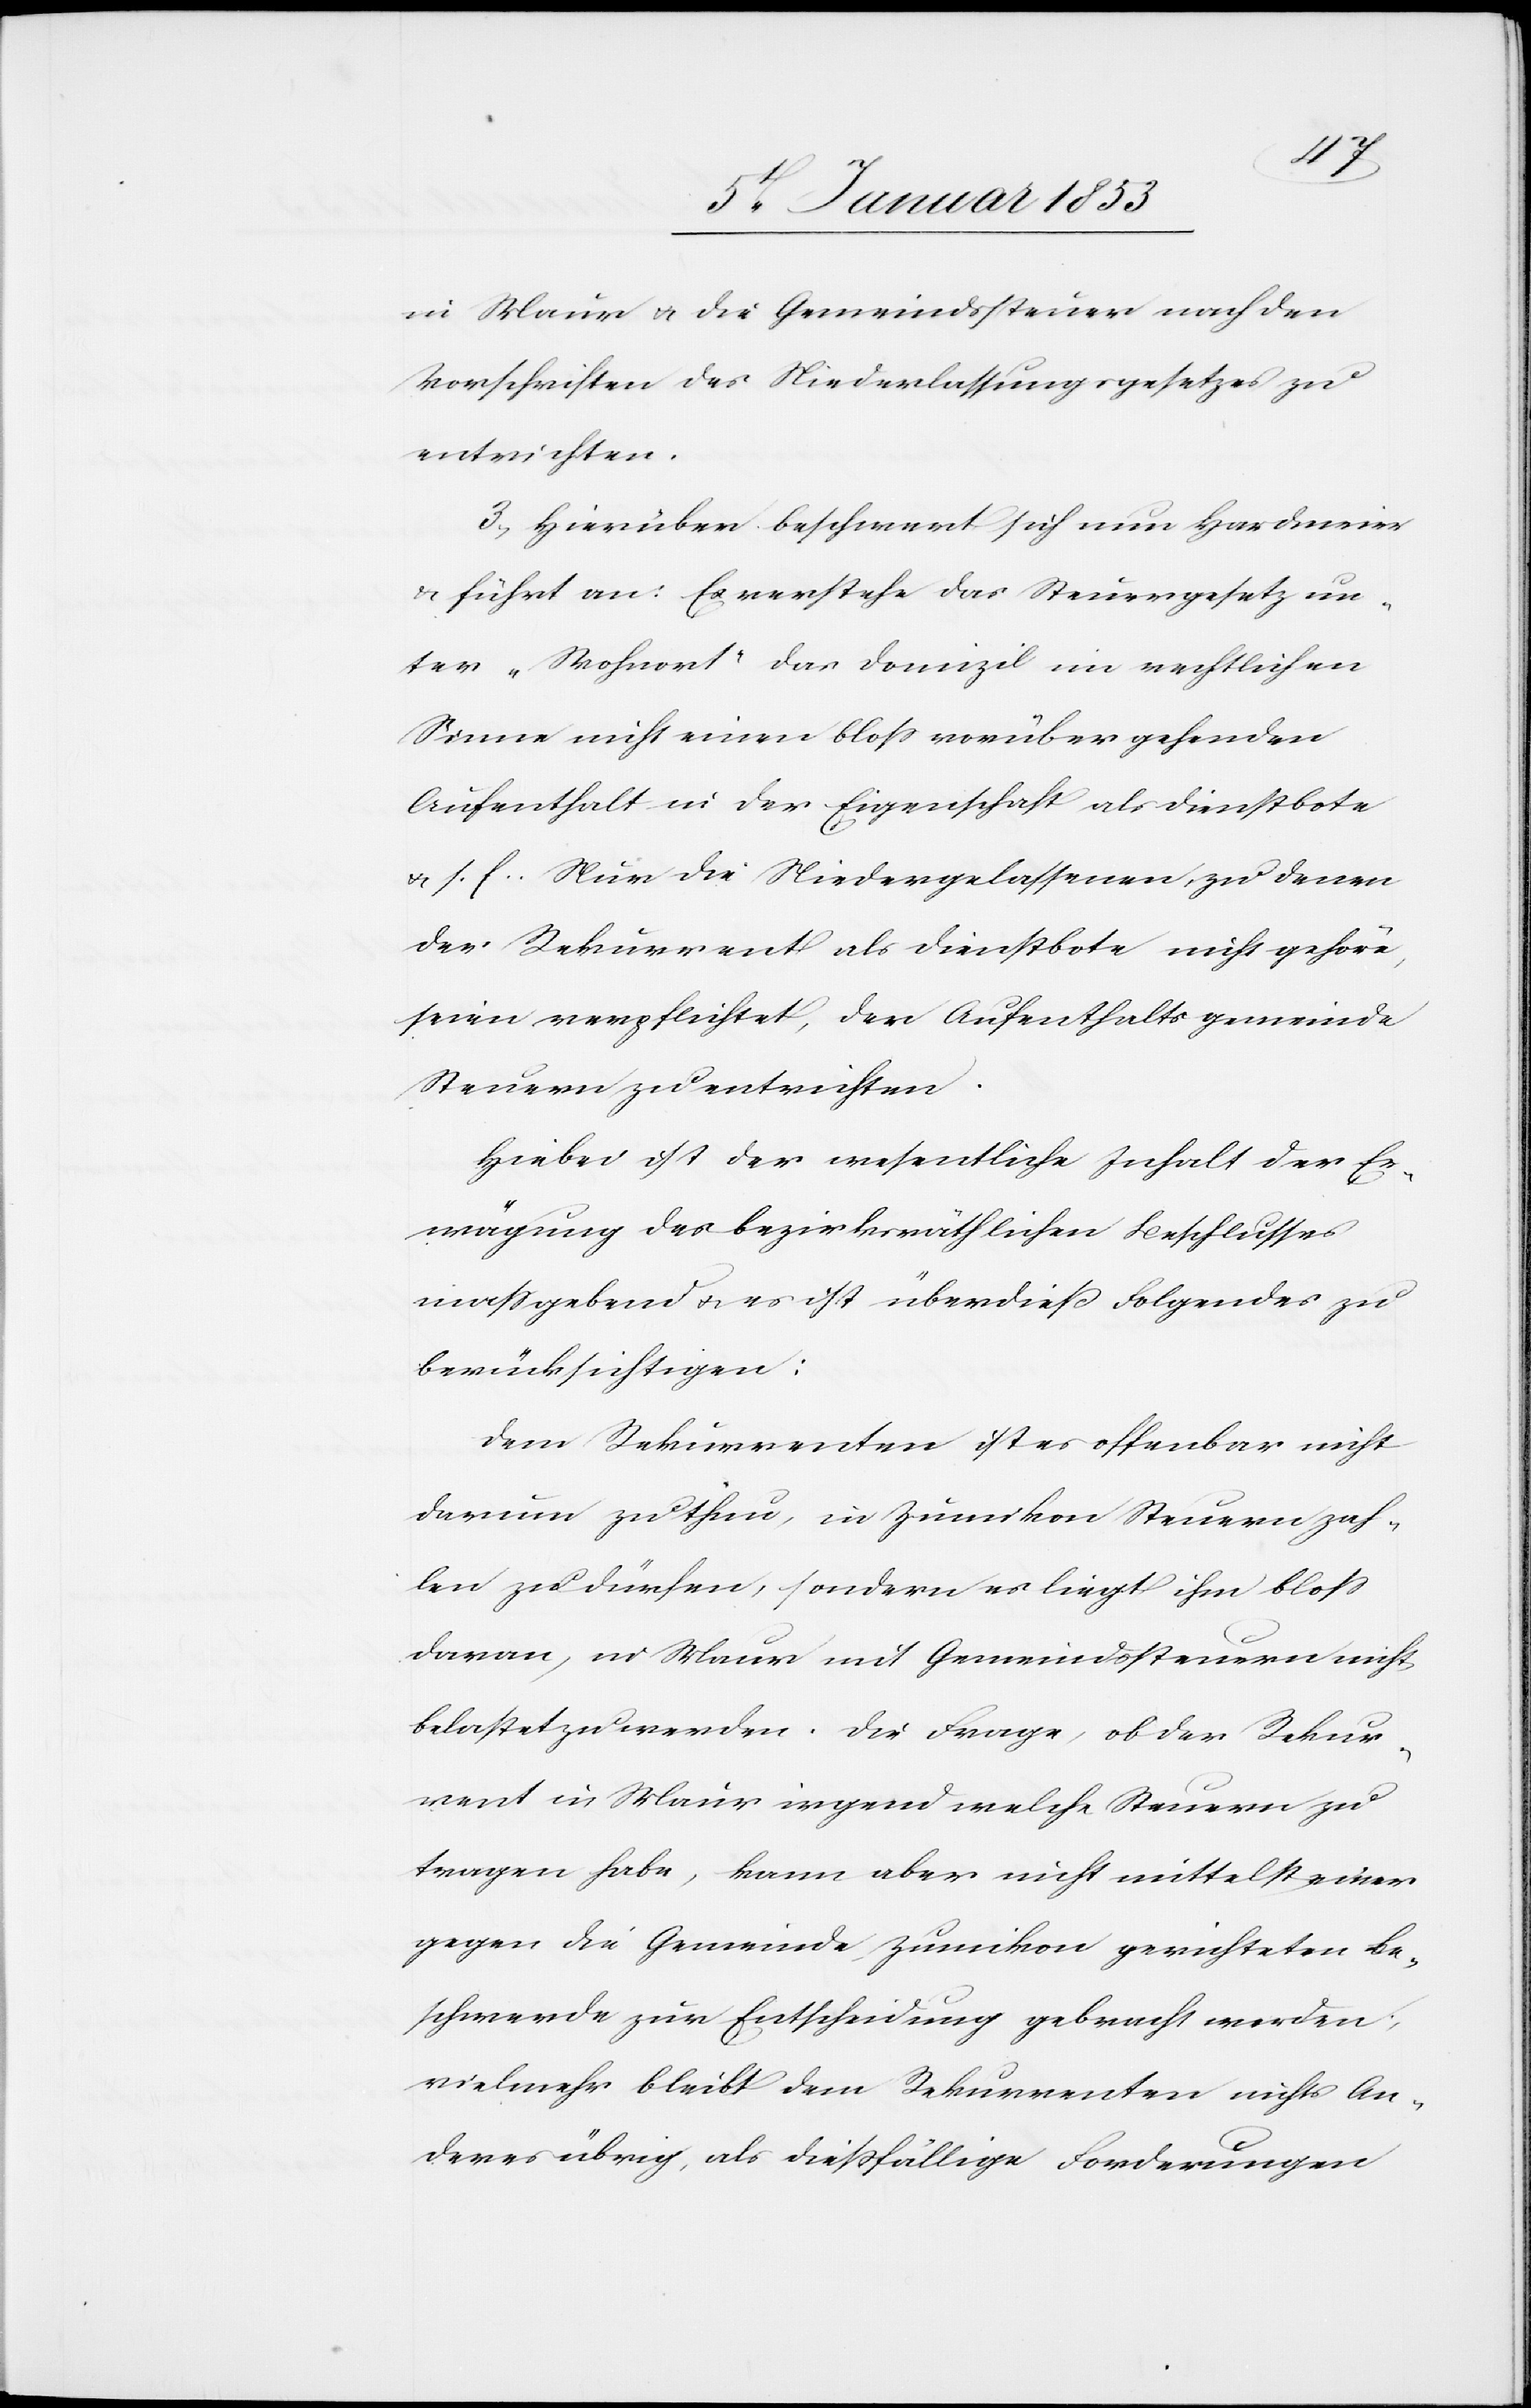
in Maur u. die Gemeindssteuer nach den
Vorschriften des Niederlassungsgesetzes zu
entrichten.
Hierüber beschwert sich nun Hardmeier
u. führt an: Es verstehe das Steuergesetz un¬
ter „Wohnort“ das Domizil im rechtlichen
Sinne nicht einen bloss vorüber gehenden
Aufenthalt in der Eigenschaft als Dienstbote
u. s. f. Nur die Niedergelassenen, zu den¬
en Rekurrent als Dienstbote nicht gehöre,
seien verpflichtet, der Aufenthaltsgemeinde
Steuern zu entrichten.
Hiebei ist der wesentliche Inhalt der Er¬
wägung des bezirksräthlichen Beschlusses
massgebend u. es ist überdieß Folgendes zu
berücksichtigen:
Dem Rekurrenten ist es offenbar nicht
darum zu thun, in Zumikon Steuern zah¬
len zu dürfen, sondern es liegt ihm bloss
daran, in Maur mit Gemeindssteuern nicht
belastet zu werden. Die Frage, ob der Rekur¬
rent in Maur irgend welche Steuern zu
tragen habe, kann aber nicht mittelst einer
gegen die Gemeinde Zumikon gerichteten Be¬
schwerde zur Entscheidung gebracht werden,
vielmehr bleibt dem Rekurrenten nichts An¬
deres übrig, als diessfällige Forderungen